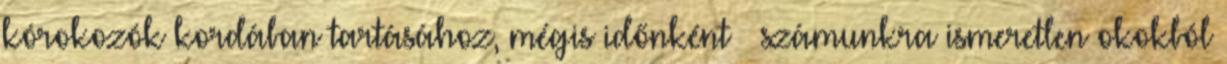
kórokozók kordában tartásához, mégis időnként – számunkra ismeretlen okokból